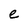
Character: e